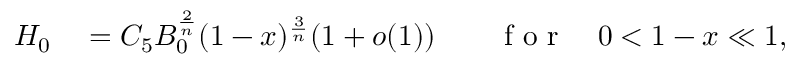
\begin{array} { r l r l } { H _ { 0 } } & { { } = C _ { 5 } B _ { 0 } ^ { \frac 2 n } ( 1 - x ) ^ { \frac 3 n } ( 1 + o ( 1 ) ) } & { } & { { } \mathrm { ~ f ~ o ~ r ~ } \quad 0 < 1 - x \ll 1 , } \end{array}